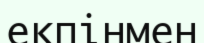
екпінмен